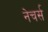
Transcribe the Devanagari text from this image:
नेचर्स